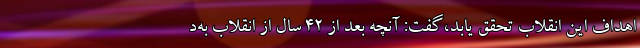
اهداف این انقلاب تحقق یابد،گفت: آنچه بعد از ۴۲ سال از انقلاب به‌د